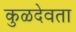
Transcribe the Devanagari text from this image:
कुळदेवता